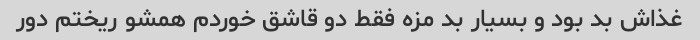
غذاش بد بود و بسیار بد مزه فقط دو قاشق خوردم همشو ریختم دور